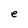
Character: e